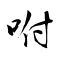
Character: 咐